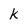
Character: k